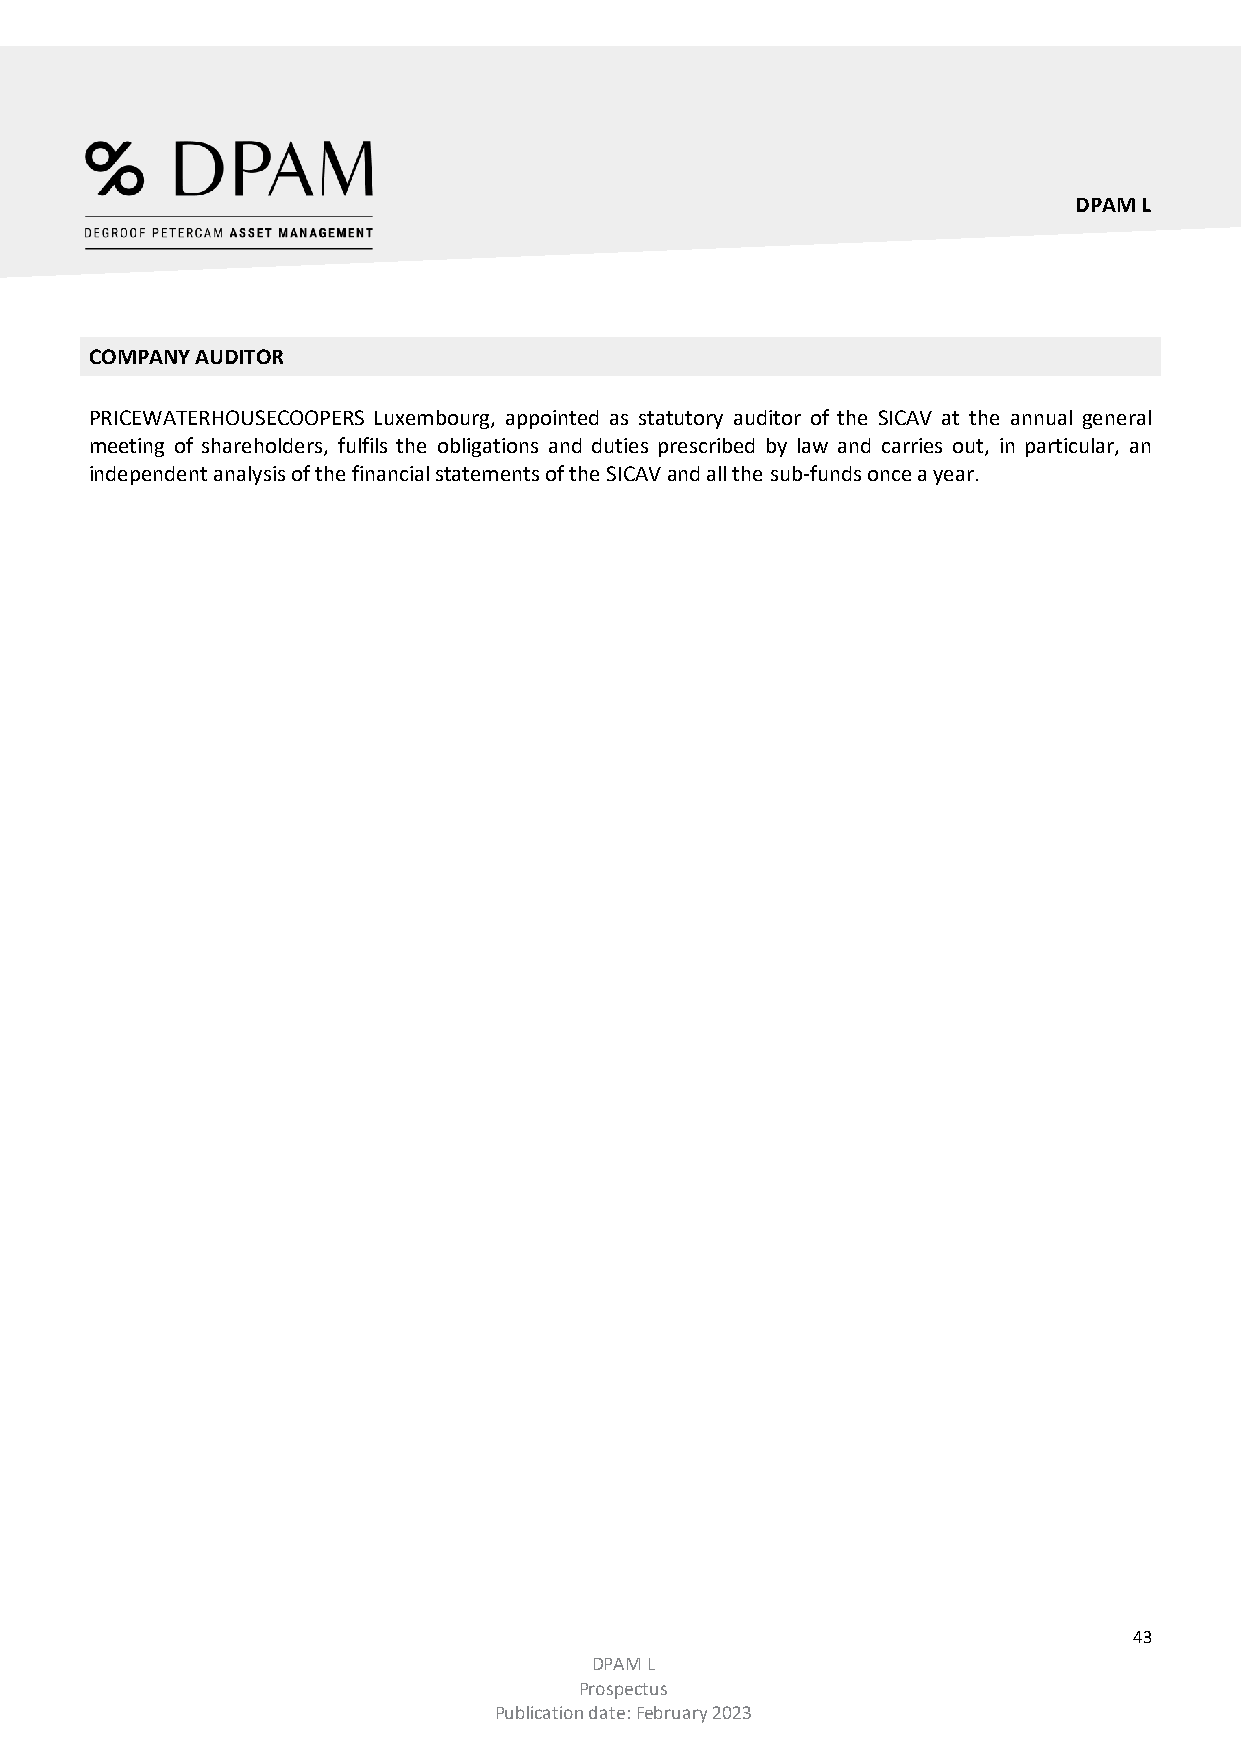
DPAM L
 COMPANY AUDITOR
 PRICEWATERHOUSECOOPERS Luxembourg, appointed as statutory auditor of the SICAV at the annual general
 meeting of shareholders, fulfils the obligations and duties prescribed by law and carries out, in particular, an
 independent analysis of the financial statements of the SICAV and all the sub-funds once a year.
 43
 DPAM L
 Prospectus
 Publication date: February 2023